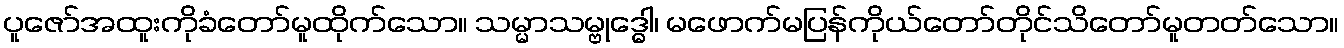
ပူဇော်အထူးကိုခံတော်မူထိုက်သော။ သမ္မာသမ္ဗုဒ္ဓေါ၊ မဖောက်မပြန်ကိုယ်တော်တိုင်သိတော်မူတတ်သော။